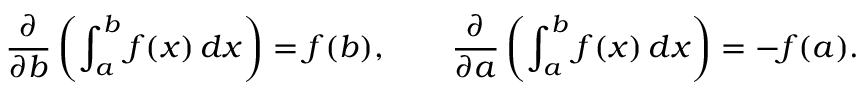
{ \frac { \partial } { \partial b } } \left( \int _ { a } ^ { b } f ( x ) \, d x \right) = f ( b ) , \qquad { \frac { \partial } { \partial a } } \left( \int _ { a } ^ { b } f ( x ) \, d x \right) = - f ( a ) .